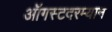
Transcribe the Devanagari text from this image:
ऑगस्टदरम्यान